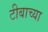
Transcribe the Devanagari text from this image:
टीबाच्या